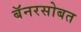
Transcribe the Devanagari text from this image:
बॅनरसोबत